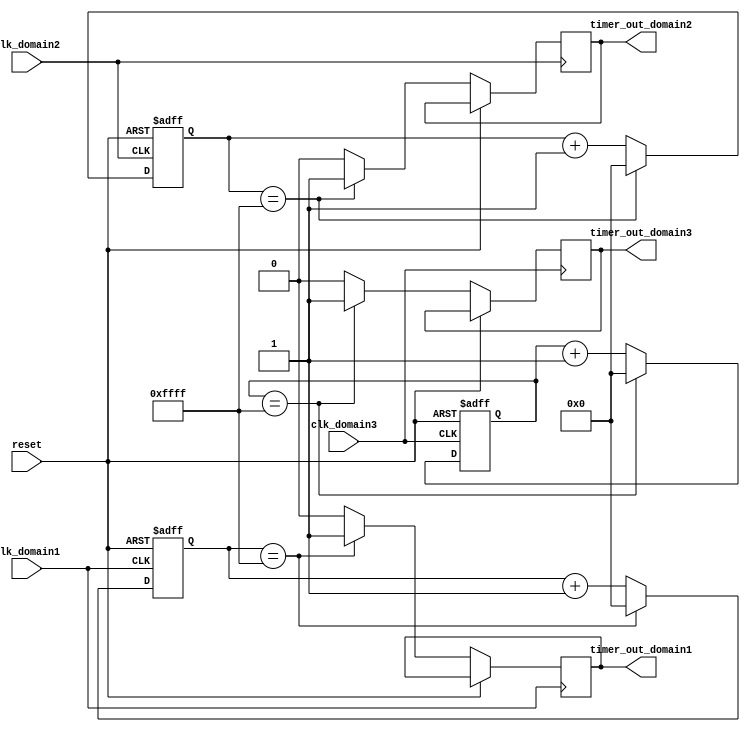
module multirate_timer (
    input wire clk_domain1,
    input wire clk_domain2,
    input wire clk_domain3,
    input wire reset,
    
    output reg timer_out_domain1,
    output reg timer_out_domain2,
    output reg timer_out_domain3
);

reg [15:0] timer_count_domain1;
reg [15:0] timer_count_domain2;
reg [15:0] timer_count_domain3;

always @ (posedge clk_domain1 or posedge reset) begin
    if (reset) begin
        timer_count_domain1 <= 16'h0000;
    end else begin
        if (timer_count_domain1 == 16'hFFFF) begin
            timer_count_domain1 <= 16'h0000;
            timer_out_domain1 <= 1'b1;
        end else begin
            timer_count_domain1 <= timer_count_domain1 + 1;
            timer_out_domain1 <= 1'b0;
        end
    end
end

always @ (posedge clk_domain2 or posedge reset) begin
    if (reset) begin
        timer_count_domain2 <= 16'h0000;
    end else begin
        if (timer_count_domain2 == 16'hFFFF) begin
            timer_count_domain2 <= 16'h0000;
            timer_out_domain2 <= 1'b1;
        end else begin
            timer_count_domain2 <= timer_count_domain2 + 1;
            timer_out_domain2 <= 1'b0;
        end
    end
end

always @ (posedge clk_domain3 or posedge reset) begin
    if (reset) begin
        timer_count_domain3 <= 16'h0000;
    end else begin
        if (timer_count_domain3 == 16'hFFFF) begin
            timer_count_domain3 <= 16'h0000;
            timer_out_domain3 <= 1'b1;
        end else begin
            timer_count_domain3 <= timer_count_domain3 + 1;
            timer_out_domain3 <= 1'b0;
        end
    end
end

endmodule